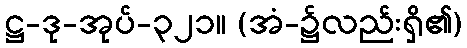
ဋ္ဌ-ဒု-အုပ်-၃၂၁။ (အံ-၌လည်းရှိ၏)